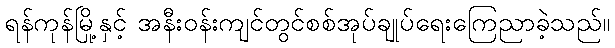
ရန်ကုန်မြို့နှင့် အနီးဝန်းကျင်တွင်စစ်အုပ်ချုပ်ရေးကြေညာခဲ့သည်။